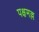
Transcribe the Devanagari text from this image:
पक्षमल्ल